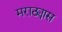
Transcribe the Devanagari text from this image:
मराठ्यास